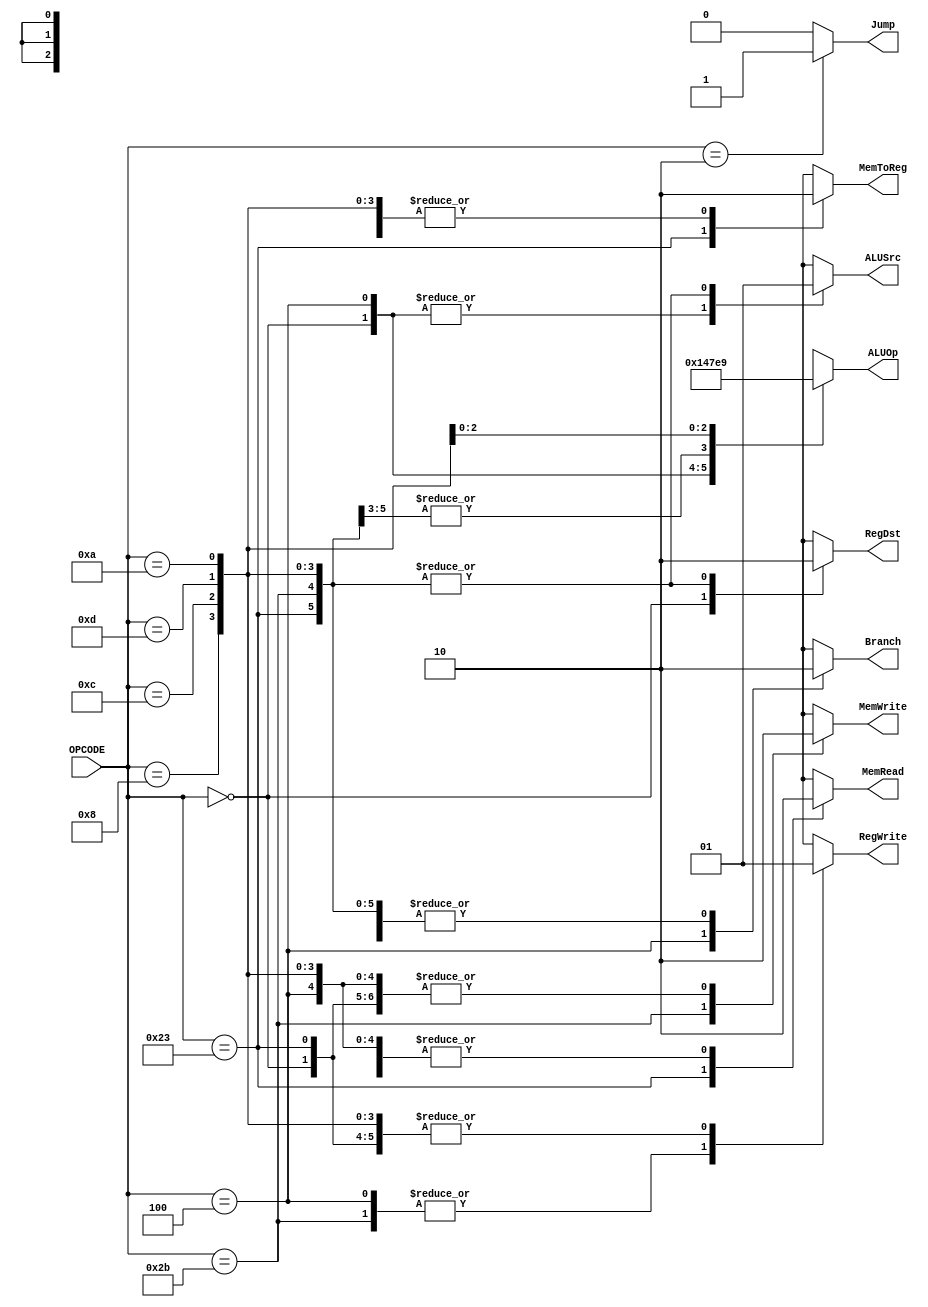
`timescale 1ns/1ns
module control (
	input [5:0] OPCODE,
	output reg RegDst, Branch, MemRead, MemToReg,
	output reg [2:0] ALUOp,
	output reg MemWrite, ALUSrc, RegWrite, Jump
);

	always @(*) begin
		case (OPCODE)
			6'b000000: begin// R
				RegDst = 1;
				Branch = 0;
				MemRead = 0;
				MemToReg = 0;
				ALUOp = 3'b010;
				MemWrite = 0;
				ALUSrc = 0;
				RegWrite = 1;
				Jump = 0;
			end
			6'b100011: begin// lw
				RegDst = 0;
				Branch = 0;
				MemRead = 1;
				MemToReg = 1;
				ALUOp = 3'b011;
				MemWrite = 0;
				ALUSrc = 1;
				RegWrite = 1;
				Jump = 0;
			end
			6'b101011: begin// sw
				RegDst = 0;
				Branch = 0;
				MemRead = 0;
				MemToReg = 1'bx;
				ALUOp = 3'b011;
				MemWrite = 1;
				ALUSrc = 1;
				RegWrite = 0;
				Jump = 0;
			end
			6'b000100: begin// beq
				RegDst = 1'bx;
				Branch = 1;
				MemRead = 0;
				MemToReg = 1'bx;
				ALUOp = 3'b100;
				MemWrite = 0;
				ALUSrc = 0;
				RegWrite = 0;
				Jump = 0;
			end
			6'b000010: begin// j
				RegDst = 1'bx;
				Branch = 0;
				MemRead = 1'bx;
				MemToReg = 1'bx;
				ALUOp = 3'bx;
				MemWrite = 1'bx;
				ALUSrc = 1'bx;
				RegWrite = 1'bx;
				Jump = 1;
			end
			6'b001000: begin// addi
				RegDst = 0;
				Branch = 0;
				MemRead = 0;
				MemToReg = 0;
				ALUOp = 3'b011;
				MemWrite = 0;
				ALUSrc = 1;
				RegWrite = 1;
				Jump = 0;
			end
			6'b001100: begin// andi
				RegDst = 0;
				Branch = 0;
				MemRead = 0;
				MemToReg = 0;
				ALUOp = 3'b111;
				MemWrite = 0;
				ALUSrc = 1;
				RegWrite = 1;
				Jump = 0;
			end
			6'b001101: begin// ori
				RegDst = 0;
				Branch = 0;
				MemRead = 0;
				MemToReg = 0;
				ALUOp = 3'b101;
				MemWrite = 0;
				ALUSrc = 1;
				RegWrite = 1;
				Jump = 0;
			end
			6'b001010: begin// slti
				RegDst = 0;
				Branch = 0;
				MemRead = 0;
				MemToReg = 0;
				ALUOp = 3'b001;
				MemWrite = 0;
				ALUSrc = 1;
				RegWrite = 1;
				Jump = 0;
			end
			default: begin
				RegDst = 1'bx;
				Branch = 1'bx;
				MemRead = 1'bx;
				MemToReg = 1'bx;
				ALUOp = 3'bx;
				MemWrite = 1'bx;
				ALUSrc = 1'bx;
				RegWrite = 1'bx;
				Jump = 0;
			end
		endcase
	end

endmodule // control